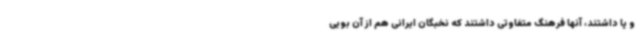
و پا داشتند، آنها فرهنگ متفاوتی داشتند که نخبگان ایرانی هم از آن بویی